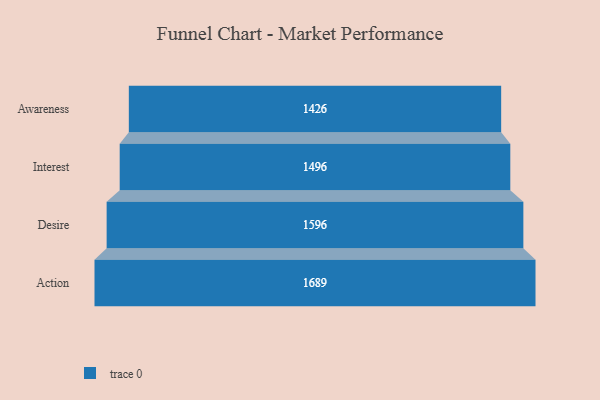
{"axis": {"x": "Stage", "y": "Value"}, "legend": [""], "data": [{"x": "Awareness", "y": 1426.0, "type": ""}, {"x": "Interest", "y": 1496.0, "type": ""}, {"x": "Desire", "y": 1596.0, "type": ""}, {"x": "Action", "y": 1689.0, "type": ""}]}